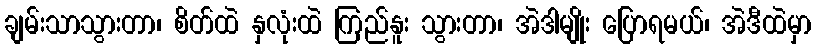
ချမ်းသာသွားတာ၊ စိတ်ထဲ နှလုံးထဲ ကြည်နူး သွားတာ၊ အဲဒါမျိုး ပြောရမယ်၊ အဲဒီထဲမှာ